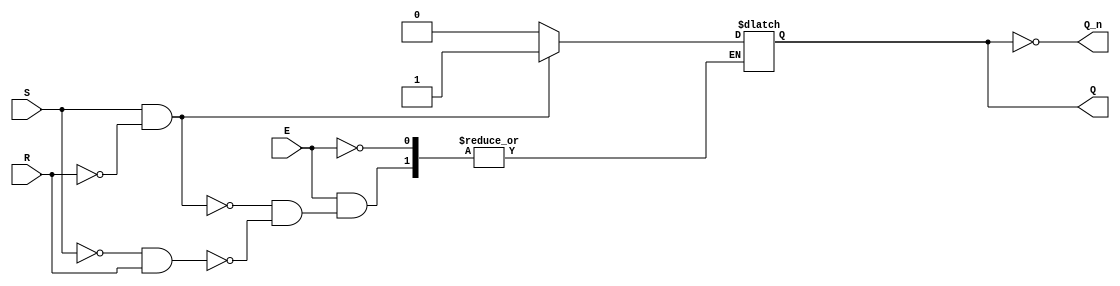
module gated_sr_latch (
    input wire S,      // Set input
    input wire R,      // Reset input
    input wire E,      // Enable input
    output reg Q,      // Output Q
    output wire Q_n    // Complementary output Q
);

    assign Q_n = ~Q; // Complementary output

    always @(E, S, R)
    begin
        if (E) begin
            if (S && !R) begin
                Q <= 1'b1; // Set Q to 1
            end else if (!S && R) begin
                Q <= 1'b0; // Reset Q to 0
            end
            // If S = 0 and R = 0, maintain current state (handled by default)
            // If S = 1 and R = 1, state is indeterminate (not handled)
        end
        // If E = 0, do nothing (retain current state)
    end

endmodule